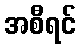
အစီရင်